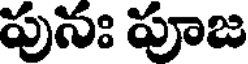
పునః పూజ